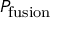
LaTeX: P _ { \mathrm { f u s i o n } }